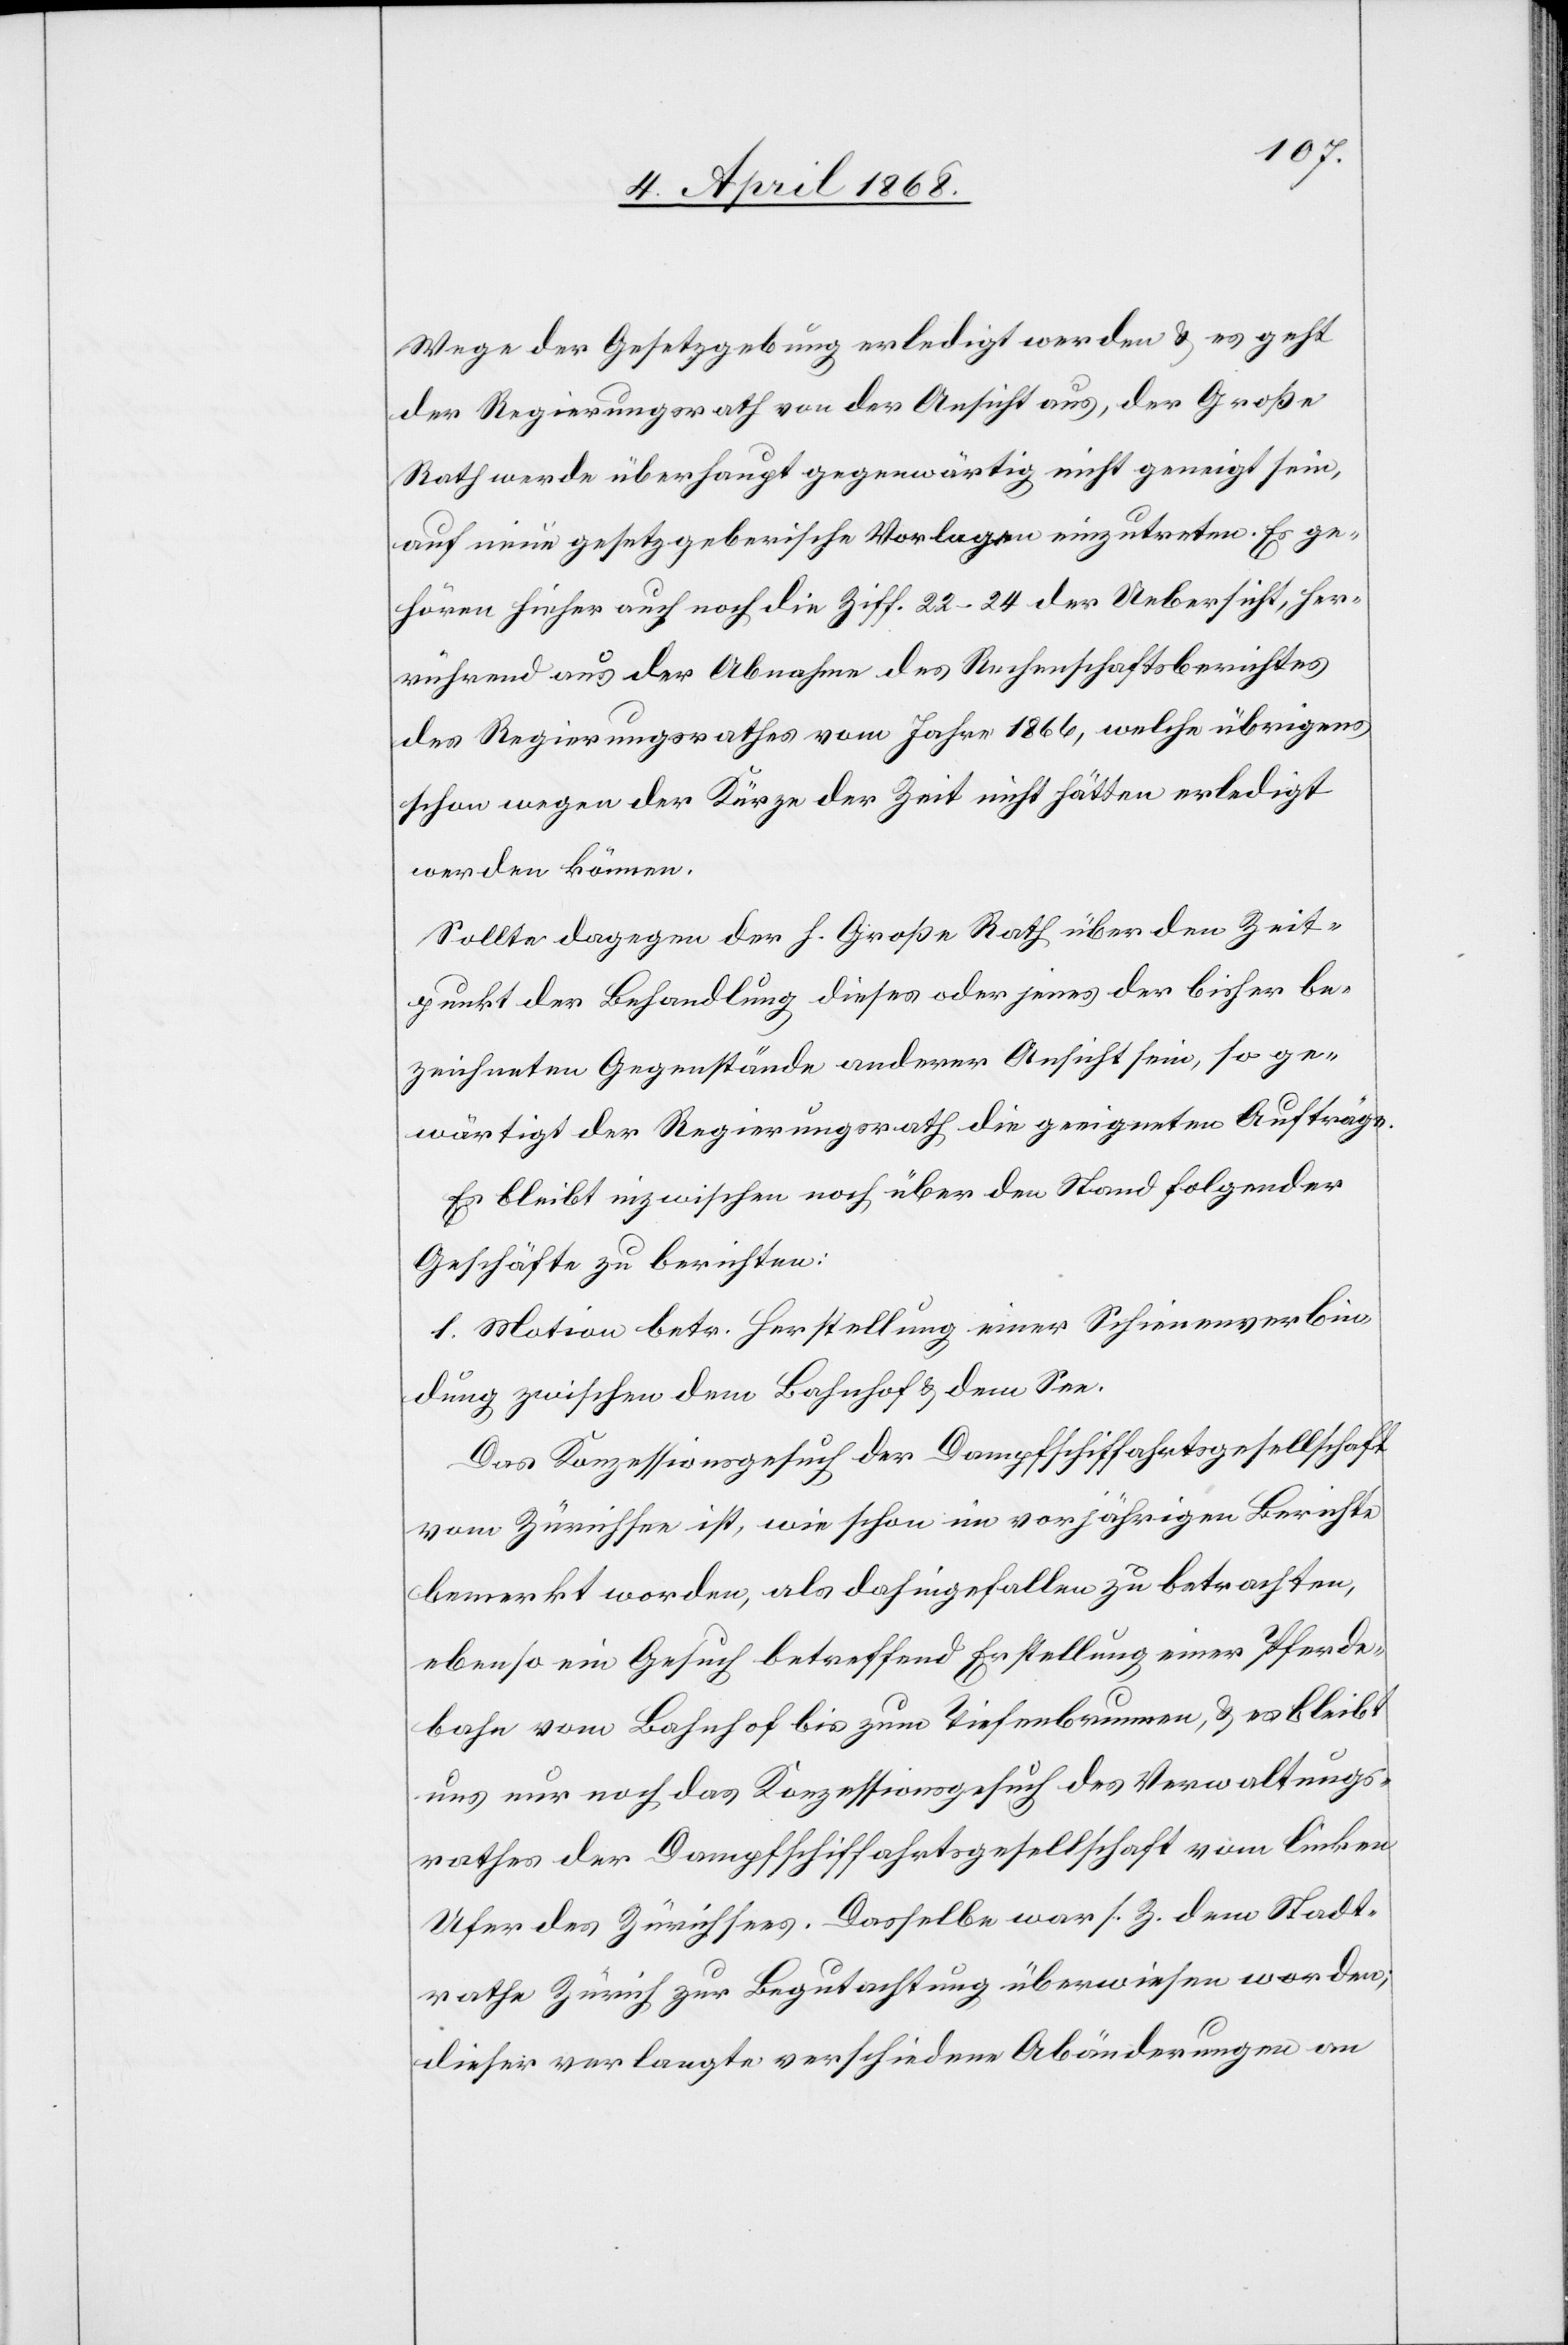
Wege der Gesetzgebung erledigt werden & es geht
der Regierungsrath von der Ansicht aus, der Große
Rath werde überhaupt gegenwärtig nicht geneigt sein,
auf neue gesetzgeberische Vorlagen einzutreten. Es ge¬
hören hieher auch noch die Ziff. 22–24 der Uebersicht, her¬
rührend aus der Abnahme des Rechenschaftsberichtes
des Regierungsrathes vom Jahre 1866, welche übrigens
schon wegen der Kürze der Zeit nicht hätten erledigt
werden können.
Sollte dagegen der h. Große Rath über den Zeit¬
punkt der Behandlung dieses oder jenes der bisher be¬
zeichneten Gegenstände anderer Ansicht sein, so ge¬
wärtigt der Regierungsrath die geeigneten Aufträge.
Es bleibt inzwischen noch über den Stand folgender
Geschäfte zu berichten:
1. Motion betr. Herstellung einer Schienenverbin¬
dung zwischen dem Bahnhof & dem See.
Das Konzessionsgesuch der Dampfschiffahrtsgesellschaft
vom Zürichsee ist, wie schon im vorjährigen Berichte
bemerkt worden, als dahingefallen zu betrachten,
ebenso ein Gesuch betreffend Erstellung einer Pferde¬
bahn vom Bahnhof bis zum Tiefenbrunnen, & es bleibt
uns nur noch das Konzessionsgesuch des Verwaltungs¬
rathes der Dampfschiffahrtsgesellschaft vom linken
Ufer des Zürichsees. Dasselbe war s. Z. dem Stadt¬
rathe Zürich zur Begutachtung überwiesen worden;
dieser verlangte verschiedene Abänderungen an